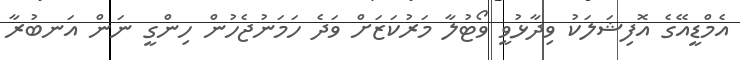
އެމްޑީއޭގެ އޮފިޝަލަކު ވިދާޅުވީ ވޯޓުލާ މަރުކަޒަށް ވަދެ ހަމަނުޖެހުން ހިންގީ ނަން އަނބުރާ